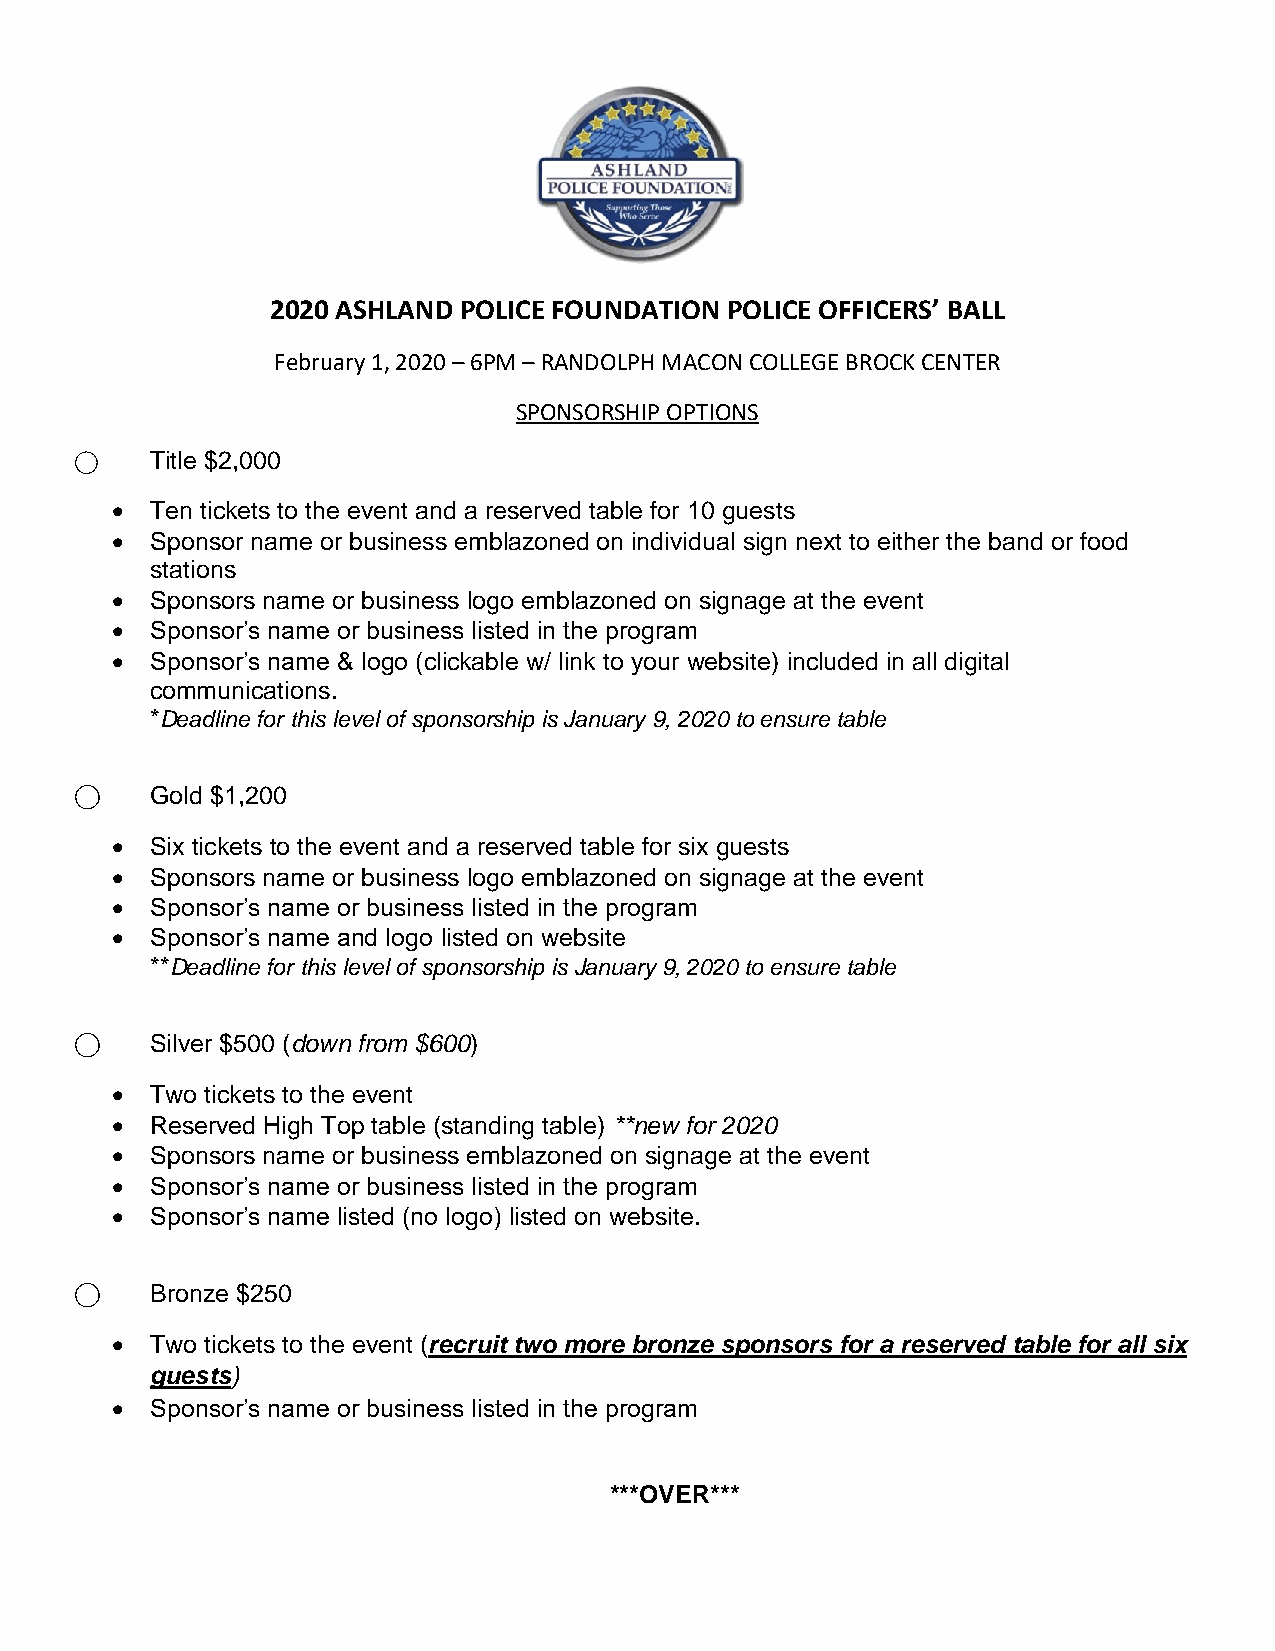
2020 ASHLAND POLICE FOUNDATION POLICE OFFICERS’ BALL
 February 1, 2020 – 6PM – RANDOLPH MACON COLLEGE BROCK CENTER
 SPONSORSHIP OPTIONS
 ⃝    Title $2,000
 •  Ten tickets to the event and a reserved table for 10 guests
 •  Sponsor name or business emblazoned on individual sign next to either the band or food
 stations
 •  Sponsors name or business logo emblazoned on signage at the event
 •  Sponsor’s name or business listed in the program
 •  Sponsor’s name & logo (clickable w/ link to your website) included in all digital
 communications.
 *Deadline for this level of sponsorship is January 9, 2020 to ensure table
 ⃝    Gold $1,200
 •  Six tickets to the event and a reserved table for six guests
 •  Sponsors name or business logo emblazoned on signage at the event
 •  Sponsor’s name or business listed in the program
 •  Sponsor’s name and logo listed on website
 **Deadline for this level of sponsorship is January 9, 2020 to ensure table
 ⃝    Silver $500 (down from $600)
 •  Two tickets to the event
 •  Reserved High Top table (standing table) **new for 2020
 •  Sponsors name or business emblazoned on signage at the event
 •  Sponsor’s name or business listed in the program
 •  Sponsor’s name listed (no logo) listed on website.
 ⃝    Bronze $250
 •  Two tickets to the event (recruit two more bronze sponsors for a reserved table for all six
 guests)
 •  Sponsor’s name or business listed in the program
 ***OVER***